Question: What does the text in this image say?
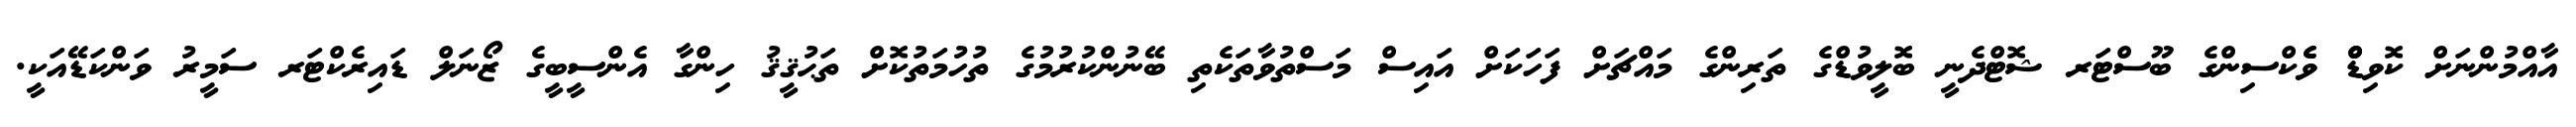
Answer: އާއްމުންނަށް ކޮވިޑްް ވެެކްސިންގެ ބޫސްޓަރ ޝޮޓްދެނީ ބޮލީވުޑްގެ ތަރިންގެ މައްޗަށް ފަހަކަށް އައިސް މަސްތުވާތަކެތި ބޭނުންކުރުމުގެ ތުހުމަތުކޮށް ތަޙުޤީޤު ހިންގާ އެންސީބީގެ ޒޯނަލް ޑައިރެކްޓަރ ސަމީރު ވަންކަޑޭއަކީ.